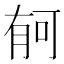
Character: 𣍳